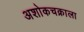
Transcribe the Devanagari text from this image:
अशोकचक्राला